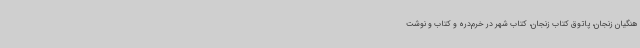
هنگیان زنجان، پاتوق کتاب زنجان، کتاب شهر در خرم‌دره و کتاب و نوشت